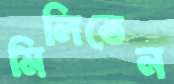
মিলিতেন